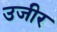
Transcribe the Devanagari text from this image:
उजीर